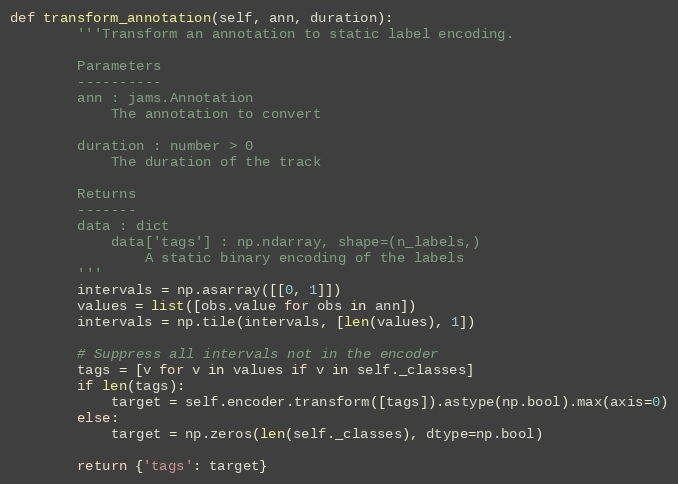
Language: Python
def transform_annotation(self, ann, duration):
        '''Transform an annotation to static label encoding.

        Parameters
        ----------
        ann : jams.Annotation
            The annotation to convert

        duration : number > 0
            The duration of the track

        Returns
        -------
        data : dict
            data['tags'] : np.ndarray, shape=(n_labels,)
                A static binary encoding of the labels
        '''
        intervals = np.asarray([[0, 1]])
        values = list([obs.value for obs in ann])
        intervals = np.tile(intervals, [len(values), 1])

        # Suppress all intervals not in the encoder
        tags = [v for v in values if v in self._classes]
        if len(tags):
            target = self.encoder.transform([tags]).astype(np.bool).max(axis=0)
        else:
            target = np.zeros(len(self._classes), dtype=np.bool)

        return {'tags': target}